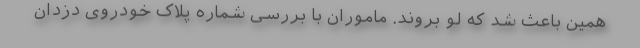
همین باعث شد که لو بروند. ماموران با بررسی شماره پلاک خودروی دزدان